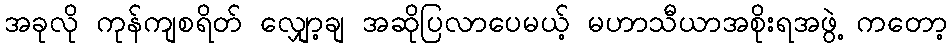
အခုလို ကုန်ကျစရိတ် လျှော့ချ အဆိုပြလာပေမယ့် မဟာသီယာအစိုးရအဖွဲ့ ကတော့